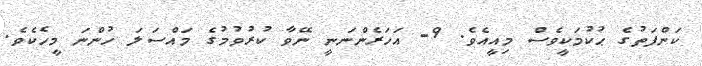
ކަންފަތުގެ ޙުކުމަކީވެސް މިއީއެވެ. 9- އަހަރެންނަނީ ނޭވާ ކުރުވުމުގެ މައްސަލަ ހުންނަ މީހެކެވެ.